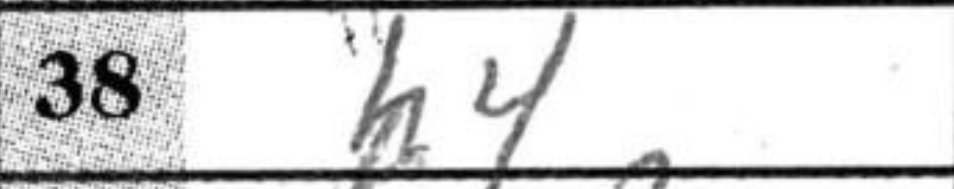
Transcription: h4